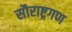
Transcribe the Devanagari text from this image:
सौराष्ट्रगण